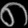
Digit: ၈